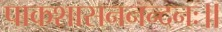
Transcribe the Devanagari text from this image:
पाकशासननन्दनः॥